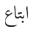
ابتاع